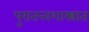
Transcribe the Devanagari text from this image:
पुरातत्त्वशास्त्रात